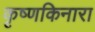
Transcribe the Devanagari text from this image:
कृष्णकिनारा